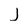
Character: j